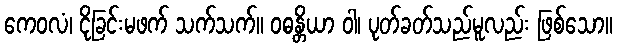
ကေဝလံ၊ ငိုခြင်းမဖက် သက်သက်။ ဝဓန္တိယာ ဝါ၊ ပုတ်ခတ်သည်မူလည်း ဖြစ်သော။